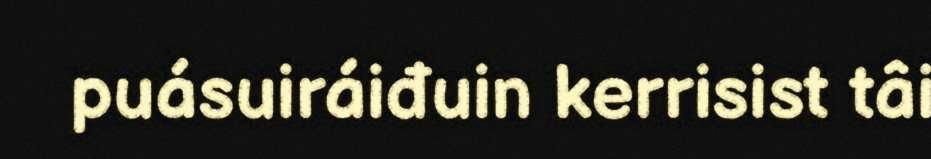
puásuiráiđuin kerrisist tâi